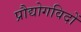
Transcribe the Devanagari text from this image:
प्रौद्योगविदों